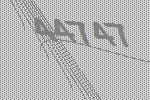
44747